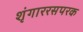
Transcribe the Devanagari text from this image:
शृंगाररसपरक